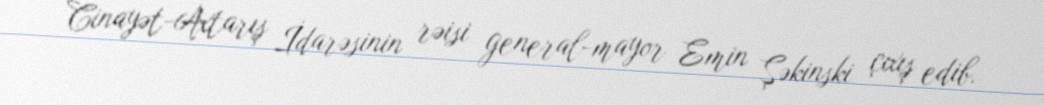
Cinayət-Axtarış İdarəsinin rəisi general-mayor Emin Şəkinski çıxış edib.